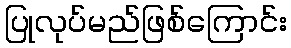
ပြုလုပ်မည်ဖြစ်ကြောင်း